Civil Veterinary Department ledger series I-VI
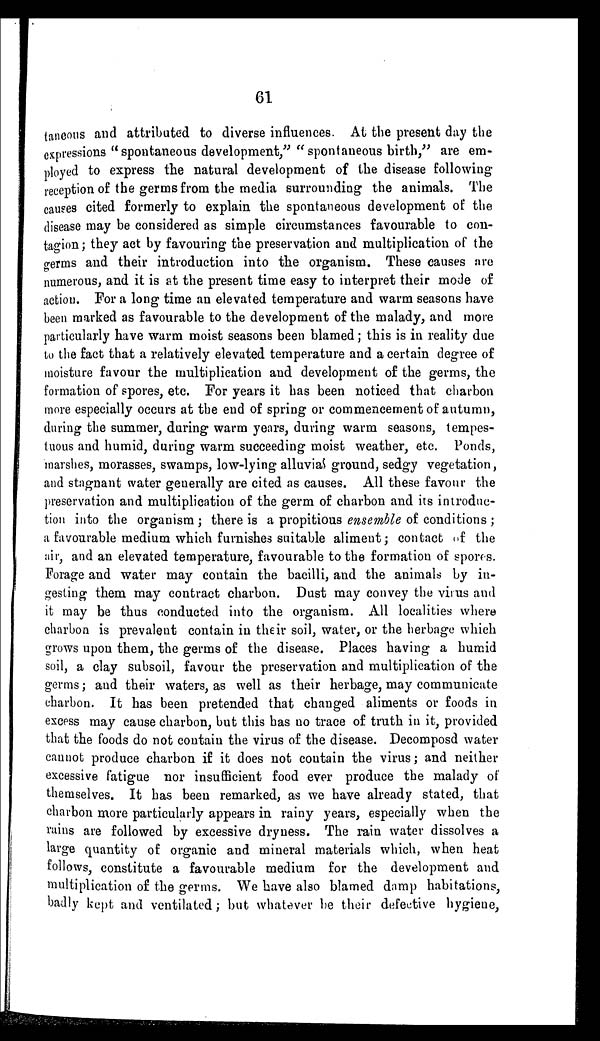
61
taneous and attributed to diverse influences. At the present day the
expressions "spontaneous development,'' "spontaneous birth," are em-
ployed to express the natural development of the disease following
reception of the germs from the media surrounding the animals. The
causes cited formerly to explain the spontaneous development of the
disease may be considered as simple circumstances favourable to con-
tagion; they act by favouring the preservation and multiplication of the
germs and their introduction into the organism. These causes are
numerous, and it is at the present time easy to interpret their mode of
action. For a long time an elevated temperature and warm seasons have
been marked as favourable to the development of the malady, and more
particularly have warm moist seasons been blamed; this is in reality due
to the fact that a relatively elevated temperature and a certain degree of
moisture favour the multiplication and development of the germs, the
formation of spores, etc. For years it has been noticed that charbon
more especially occurs at the end of spring or commencement of autumn,
during the summer, during warm years, during warm seasons, tempes-
tuous and humid, during warm succeeding moist weather, etc. Ponds,
marshes, morasses, swamps, low-lying alluvial ground, sedgy vegetation,
and stagnant water generally are cited as causes. All these favour the
preservation and multiplication of the germ of charbon and its introduc-
tion into the organism; there is a propitious ensemble of conditions;
a favourable medium which furnishes suitable aliment; contact of the
air, and an elevated temperature, favourable to the formation of spores.
Forage and water may contain the bacilli, and the animals by in-
gesting them may contract charbon. Dust may convey the virus and
it may be thus conducted into the organism. All localities where
charbon is prevalent contain in their soil, water, or the herbage which
grows upon them, the germs of the disease. Places having a humid
soil, a clay subsoil, favour the preservation and multiplication of the
germs; and their waters, as well as their herbage, may communicate
charbon. It has been pretended that changed aliments or foods in
excess may cause charbon, but this has no trace of truth in it, provided
that the foods do not contain the virus of the disease. Decomposd water
cannot produce charbon if it does not contain the virus; and neither
excessive fatigue nor insufficient food ever produce the malady of
themselves. It has been remarked, as we have already stated, that
charbon more particularly appears in rainy years, especially when the
rains are followed by excessive dryness. The rain water dissolves a
large quantity of organic and mineral materials which, when heat
follows, constitute a favourable medium for the development and
multiplication of the germs. We have also blamed damp habitations,
badly kept and ventilated; but whatever be their defective hygiene,